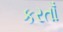
કરતાઁ